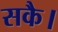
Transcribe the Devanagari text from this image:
सकै।